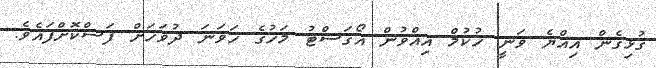
ގުޅިގެން އިއްޔެ ވަނީ ހުކުމް އިއްވުން އޯގަސްޓު މަހުގެ ހަވަނަ ދުވަހަށް ފަސްކޮށްފައެވެ.